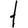
Digit: 1